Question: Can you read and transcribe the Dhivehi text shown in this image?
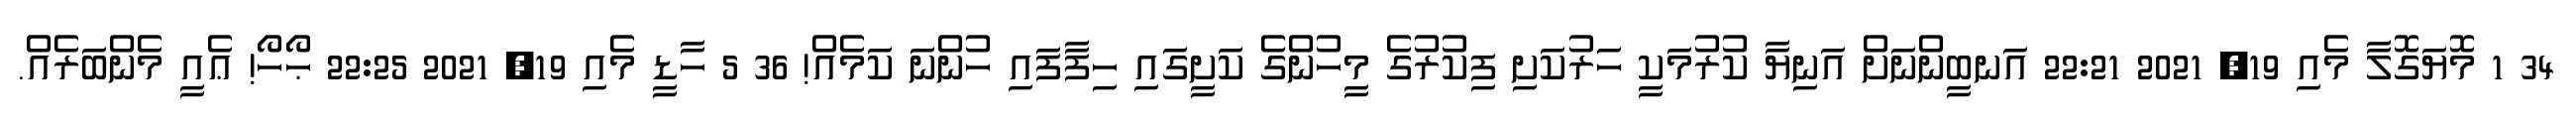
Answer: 34 1 މޮޔަގޮލާ މެއި 19, 2021 22:21 އަނބީންނަށް އަނިޔާ ކުރުމަކީ ހަރުކަށި ފިކުރުގެ މީހުންގެ ކަށީގައި ހިފާފައި ހުންނަ ކަމެއް! 36 5 ހާޑީ މެއި 19, 2021 22:25 ޙޯހޯ! ޢެއީ މެންބަރެއް.